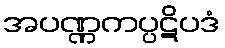
အပဏ္ဏကပ္ပဋိပဒံ